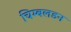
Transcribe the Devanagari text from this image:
चिम्बलडन